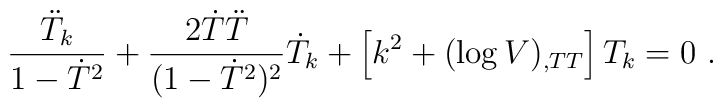
\frac{\ddot T_k }{1-\dot T^2}+ \frac{2\dot T \ddot T}{(1-\dot T^2)^2}\dot T_k+\left[ k^2+(\log V)_{,TT} \right]T_k = 0\ .